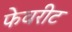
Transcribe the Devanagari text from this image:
फेवरीट